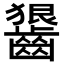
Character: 𪙈